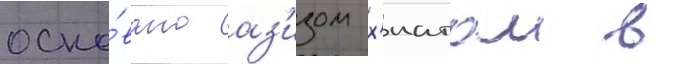
осно́вано аз'изом х'иатом в